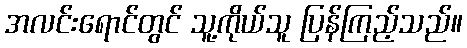
အလင်းရောင်တွင် သူ့ကိုယ်သူ ပြန်ကြည့်သည်။